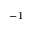
^ { - 1 }